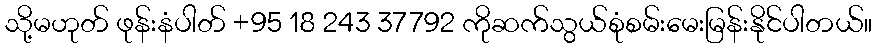
သို့မဟုတ် ဖုန်းနံပါတ် +95 18 243 37792 ကိုဆက်သွယ်စုံစမ်းမေးမြန်းနိုင်ပါတယ်။